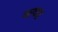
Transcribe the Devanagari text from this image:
चरण॥